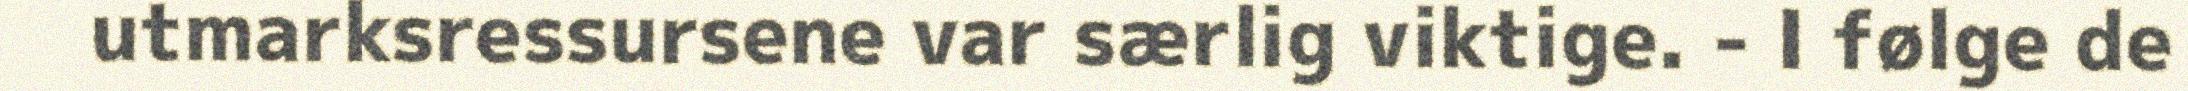
utmarksressursene var særlig viktige. - I følge de